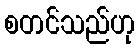
စတင်သည်ဟု